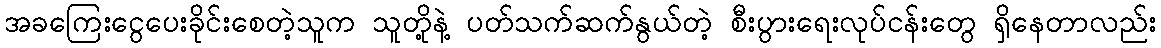
အခကြေးငွေပေးခိုင်းစေတဲ့သူက သူတို့နဲ့ ပတ်သက်ဆက်နွယ်တဲ့ စီးပွားရေးလုပ်ငန်းတွေ ရှိနေတာလည်း